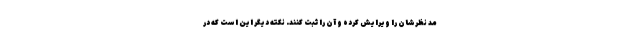
مد نظرشان را ویرایش کرده و آن را ثبت کنند. نکته دیگر این است که در